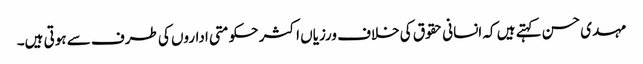
مہدی حسن کہتے ہیں کہ انسانی حقوق کی خلاف ورزیاں اکثر حکومتی اداروں کی طرف سے ہوتی ہیں۔